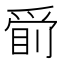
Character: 𱭂